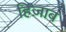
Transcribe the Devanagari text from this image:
हिज़ाब